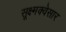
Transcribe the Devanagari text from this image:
सूक्ष्मक्वेसार